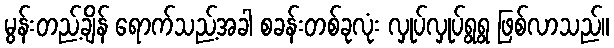
မွန်းတည့်ချိန် ရောက်သည့်အခါ စခန်းတစ်ခုလုံး လှုပ်လှုပ်ရွရွ ဖြစ်လာသည်။